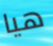
هيا